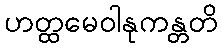
ဟတ္ထမေဝါနုကန္တတိ